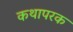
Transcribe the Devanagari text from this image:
कथापरक